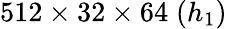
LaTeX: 512\times 32\times 64\; (h_{1})